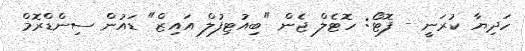
ހަދިޔާ ކުރަނީ - ފޮޓޯ: ހޮޓެލް ޖެން "ބިއުޓިފުލް އައިޒް" ޑައުން ސިންޑްރޮމް